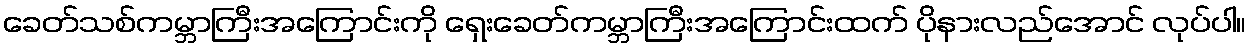
ခေတ်သစ်ကမ္ဘာကြီးအကြောင်းကို ရှေးခေတ်ကမ္ဘာကြီးအကြောင်းထက် ပိုနားလည်အောင် လုပ်ပါ။